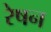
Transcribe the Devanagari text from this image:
रेषन